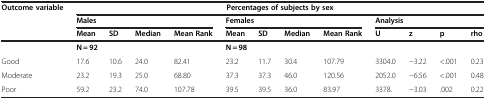
<table><thead><tr><td rowspan="2"><b>Outcome variable</b></td><td>[EMPTY_CELL]</td><td>[EMPTY_CELL]</td><td>[EMPTY_CELL]</td><td>[EMPTY_CELL]</td><td colspan="8"><b>Percentages of subjects by sex</b></td></tr><tr><td colspan="4"><b>Males</b></td><td colspan="4"><b>Females</b></td><td colspan="4"><b>Analysis</b></td></tr><tr><td>[EMPTY_CELL]</td><td><b>Mean</b></td><td><b>SD</b></td><td><b>Median</b></td><td><b>Mean Rank</b></td><td><b>Mean</b></td><td><b>SD</b></td><td><b>Median</b></td><td><b>Mean Rank</b></td><td><b>U</b></td><td><b>z</b></td><td><b>p</b></td><td><b>rho</b></td></tr></thead><tbody><tr><td>[EMPTY_CELL]</td><td colspan="4"><b>N = 92</b></td><td colspan="4"><b>N = 98</b></td><td colspan="4">[EMPTY_CELL]</td></tr><tr><td>Good</td><td>17.6</td><td>10.6</td><td>24.0</td><td>82.41</td><td>23.2</td><td>11.7</td><td>30.4</td><td>107.79</td><td>3304.0</td><td>−3.22</td><td>&lt;.001</td><td>0.23</td></tr><tr><td>Moderate</td><td>23.2</td><td>19.3</td><td>25.0</td><td>68.80</td><td>37.3</td><td>37.3</td><td>46.0</td><td>120.56</td><td>2052.0</td><td>−6.56</td><td>&lt;.001</td><td>0.48</td></tr><tr><td>Poor</td><td>59.2</td><td>23.2</td><td>74.0</td><td>107.78</td><td>39.5</td><td>39.5</td><td>36.0</td><td>83.97</td><td>3378.</td><td>−3.03</td><td>.002</td><td>0.22</td></tr></tbody></table>